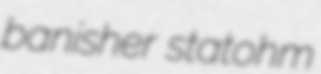
banisher statohm